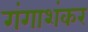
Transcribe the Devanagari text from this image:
गंगाशंकर